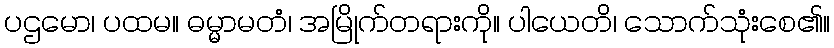
ပဌမော၊ ပထမ။ ဓမ္မာမတံ၊ အမြိုက်တရားကို။ ပါယေတိ၊ သောက်သုံးစေ၏။